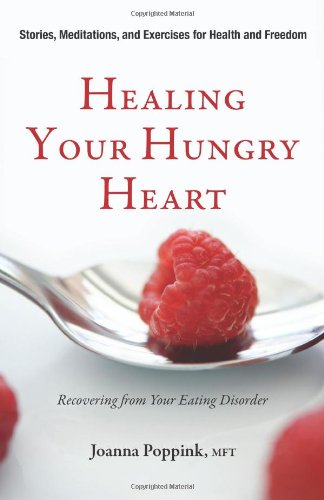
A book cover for Healing Your Hungry Heart: Recovering from Your Eating Disorder; Joanna Poppink  MFT ; Self-Help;